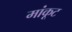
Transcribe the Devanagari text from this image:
मांकूट